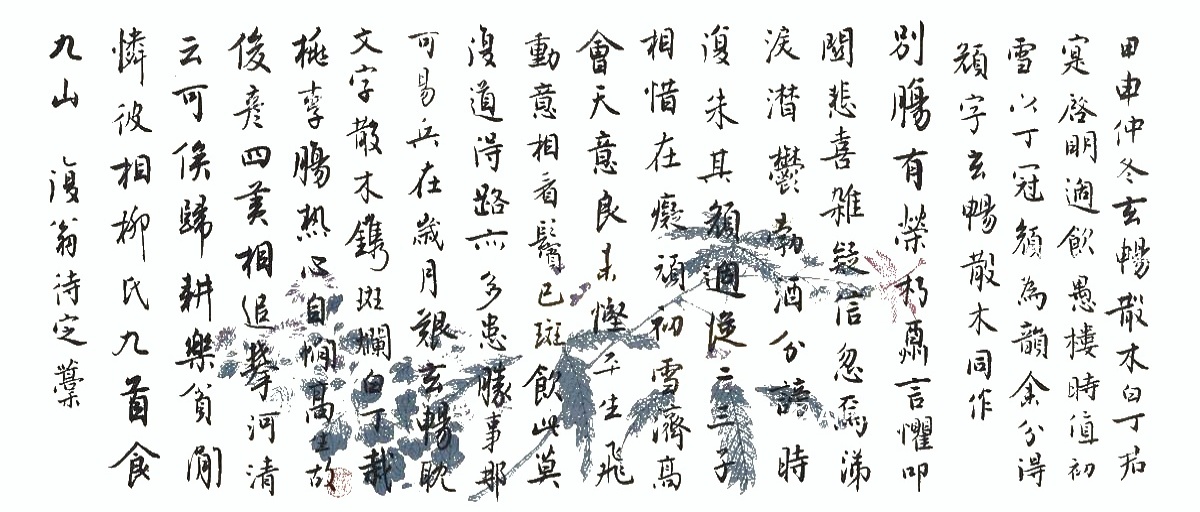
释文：甲申仲冬，玄畅、散木、白丁、君实、启明适飮愚楼。时值初雪，以丁、冠、颜为韵，余分得颜字，玄畅、散木同作。别肠有荣朽，酬言惧扣关。悲喜杂疑信，忽焉涕泪潸。郁勃酒分谤，时复朱其颜。过从二三子，相惜在痴顽。初雪济高会，天意良未悭。平生飞动意，相看鬓已斑。飮此莫复道，得路亦多患。胜事那可易，兵在岁月艰。玄畅耽文字，散木镌斑斓。白丁栽桃李，肠热心自憪。高生故俊彦，四美相追攀。河清云可俟，归耕乐贫闲。怜彼相柳氏，九首食九山。复翁待定稿。